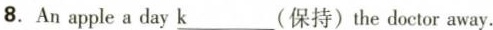
8.An apple a day\underline{k}(保持)the doctor away.